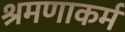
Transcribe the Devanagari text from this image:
श्रमणाकर्म